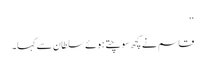
‘‘
قاسم نے کچھ سوچتے ہوئے سلطان سے کہا۔